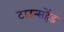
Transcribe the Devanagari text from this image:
टाउन्सहेंड